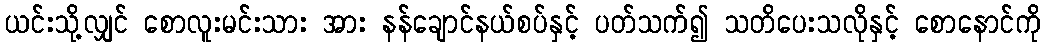
ယင်းသို့လျှင် စောလူးမင်းသား အား နန်ချောင်နယ်စပ်နှင့် ပတ်သက်၍ သတိပေးသလိုနှင့် စောနောင်ကို